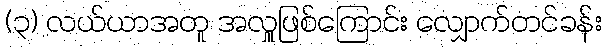
(၃) လယ်ယာအတူ အလှူဖြစ်ကြောင်း လျှောက်တင်ခန်း